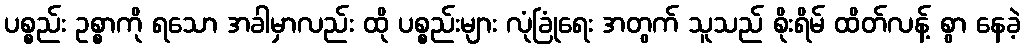
ပစ္စည်း ဥစ္စာကို ရသော အခါမှာလည်း ထို ပစ္စည်းများ လုံခြုံရေး အတွက် သူသည် စိုးရိမ် ထိတ်လန့် စွာ နေခဲ့